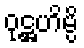
ဝုဋ္ဌဟိမ္ပိ